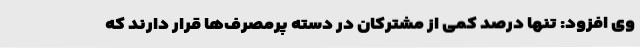
وی افزود: تنها درصد کمی از مشترکان در دسته پرمصرف‌ها قرار دارند که